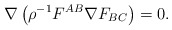
\begin{align*}\nabla \left(\rho^{-1}F^{AB}\nabla F_{BC}\right)=0.\end{align*}